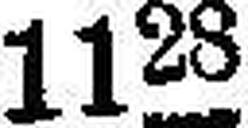
1128